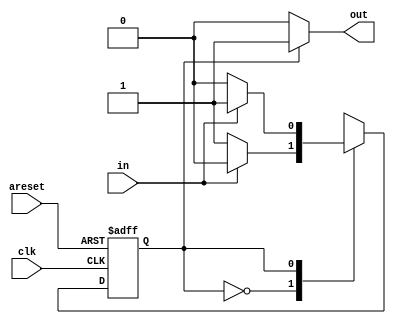
module top_module(
    input clk,
    input areset,    // Asynchronous reset to state B
    input in,
    output out);//  

    parameter A=0, B=1; 
    reg state, next_state;

    always @(*) begin    // This is a combinational always block
        case(state)
            A: begin
                if(in) next_state<=A;
                else next_state<=B;
            end
            B: begin
                if(in) next_state<=B;
                else next_state<=A;
            end
        endcase
    end

    always @(posedge clk, posedge areset) begin    // This is a sequential always block
        if(areset) state<=B;
        else state<=next_state;
    end

    assign out= state == A?A:B;

endmodule